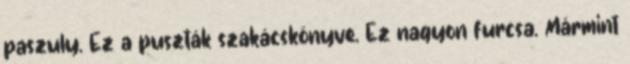
paszuly. Ez a puszták szakácskönyve. Ez nagyon furcsa. Mármint